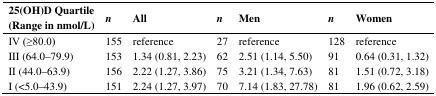
<table><thead><tr><td><b>25(OH)D Quartile (Range in nmol/L)</b></td><td><b><i>n</i></b></td><td><b>All</b></td><td><b><i>n</i></b></td><td><b>Men</b></td><td><b><i>n</i></b></td><td><b>Women</b></td></tr></thead><tbody><tr><td>IV (≥80.0)</td><td>155</td><td>reference</td><td>27</td><td>reference</td><td>128</td><td>reference</td></tr><tr><td>III (64.0–79.9)</td><td>153</td><td>1.34 (0.81, 2.23)</td><td>62</td><td>2.51 (1.14, 5.50)</td><td>91</td><td>0.64 (0.31, 1.32)</td></tr><tr><td>II (44.0–63.9)</td><td>156</td><td>2.22 (1.27, 3.86)</td><td>75</td><td>3.21 (1.34, 7.63)</td><td>81</td><td>1.51 (0.72, 3.18)</td></tr><tr><td>I (&lt;5.0–43.9)</td><td>151</td><td>2.24 (1.27, 3.97)</td><td>70</td><td>7.14 (1.83, 27.78)</td><td>81</td><td>1.96 (0.62, 2.59)</td></tr></tbody></table>